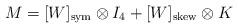
LaTeX: \begin{align*}M=[W]_\mathrm{{sym}}\otimes I_{4}+[W]_\mathrm{{skew}}\otimes K\end{align*}